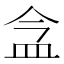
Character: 𥁌